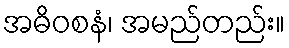
အဓိဝစနံ၊ အမည်တည်း။